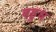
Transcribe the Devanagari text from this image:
बहुध